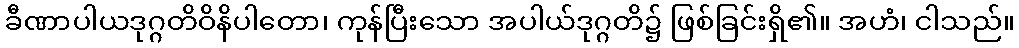
ခီဏာပါယဒုဂ္ဂတိဝိနိပါတော၊ ကုန်ပြီးသော အပါယ်ဒုဂ္ဂတိ၌ ဖြစ်ခြင်းရှိ၏။ အဟံ၊ ငါသည်။